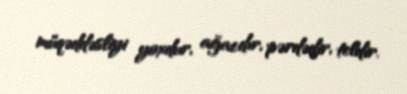
müqəddəsliyi yoxdur, ağacdır, pərdədir, teldir.